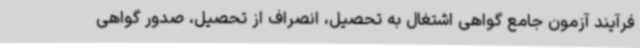
فرآیند آزمون جامع گواهی اشتغال به تحصیل، انصراف از تحصیل، صدور گواهی